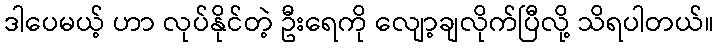
ဒါပေမယ့် ဟာ လုပ်နိုင်တဲ့ ဦးရေကို လျော့ချလိုက်ပြီလို့ သိရပါတယ်။